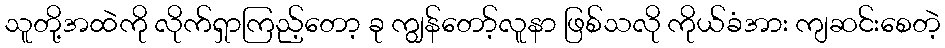
သူတို့အထဲကို လိုက်ရှာကြည့်တော့ ခု ကျွန်တော့်လူနာ ဖြစ်သလို ကိုယ်ခံအား ကျဆင်းစေတဲ့